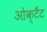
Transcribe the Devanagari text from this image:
ओक्टैंट